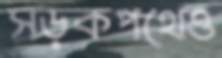
সড়কপথেও